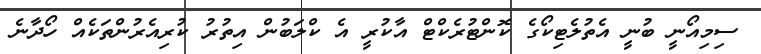
ސިމިއޯނީ ބުނީ އެތުލެޓިކޯގެ ކޮންޓުރެކްޓް އާކުރީ އެ ކްލަބުން އިތުުރު ކުރިއެރުންތަކެއް ހޯދާނެ